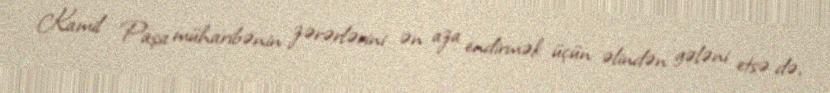
Kamil Paşa müharibənin zərərlərini ən aza endirmək üçün əlindən gələni etsə də,